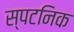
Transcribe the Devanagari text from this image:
स्पटनिक